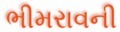
ભીમરાવની